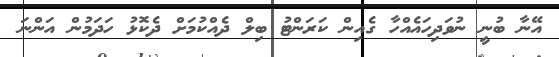
އޭނާ ބުނީ ނުވަދިހައެއްހާ ގެއިން ކަރަންޓު ބިލް ދެއްކުމަށް ދެކޮޅު ހަދަމުން އަންނަ